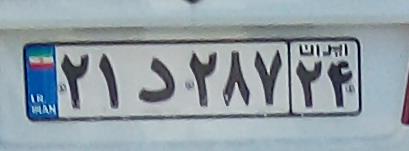
۲۱د۲۸۷۲۴